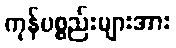
ကုန်ပစ္စည်းများအား